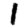
Digit: 1